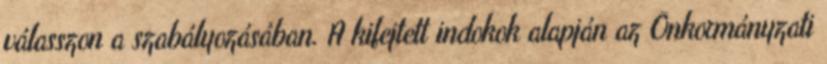
válasszon a szabályozásában. A kifejtett indokok alapján az Önkormányzati